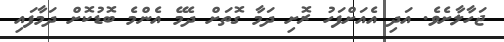
ޖަހާލާށެވެ. އަދި އެއަށްފަހު ރޮށި ދަމާ ގޮތަށް ދެމޭ އެންމެ ބޮޑުކޮށް ދަމާފައި